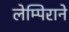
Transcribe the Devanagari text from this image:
लेम्पिराने